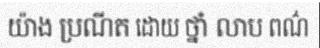
យ៉ាង ប្រណីត ដោយ ថ្នាំ លាប ពណ៌